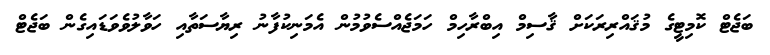
ބަޖެޓް ކޮމިޓީގެ މުޤައްރިރަކަށް ޤާސިމް އިބްރާހިމް ހަމަޖެއްސެވުމުން އެމަނިކުފާނު ރިޔާސަތާއި ހަވާލުވެވަޑައިގެން ބަޖެޓް